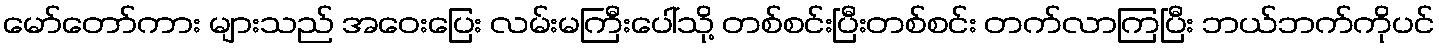
မော်တော်ကား များသည် အဝေးပြေး လမ်းမကြီးပေါ်သို့ တစ်စင်းပြီးတစ်စင်း တက်လာကြပြီး ဘယ်ဘက်ကိုပင်